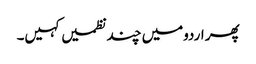
پھر اردومیں چند نظمیں کہیں۔